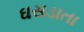
ઘસડાતા